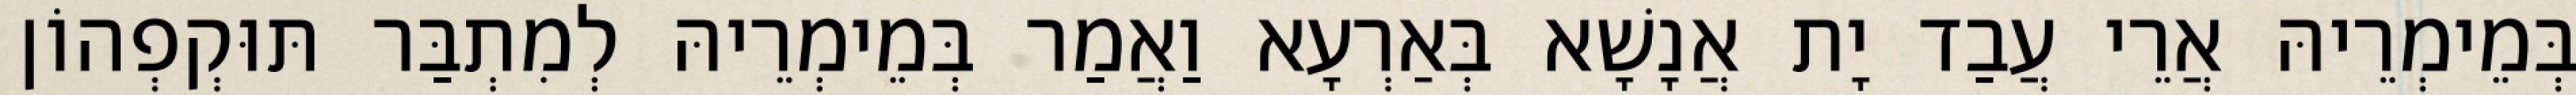
בְּמֵימְרֵיהּ אֲרֵי עֲבַד יָת אֲנָשָׁא בְּאַרְעָא וַאֲמַר בְּמֵימְרֵיהּ לְמִתְבַּר תּוּקְפְהוֹן